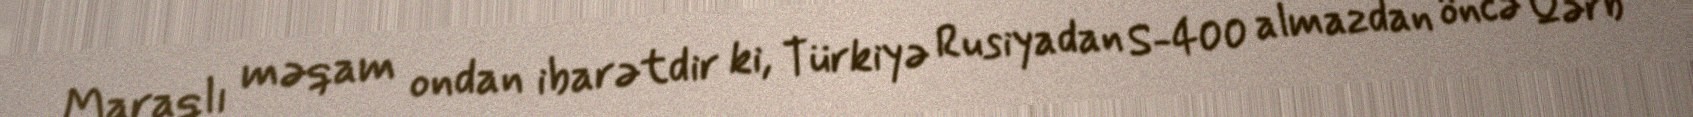
Maraqlı məqam ondan ibarətdir ki, Türkiyə Rusiyadan S-400 almazdan öncə Qərb